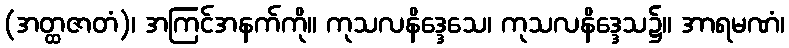
(အတ္ထဇာတံ)၊ အကြင်အနက်ကို။ ကုသလနိဒ္ဒေသေ၊ ကုသလနိဒ္ဒေသ၌။ အာရမဏံ၊